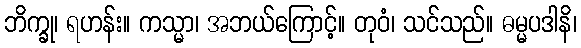
ဘိက္ခု၊ ရဟန်း။ ကသ္မာ၊ အဘယ်ကြောင့်။ တုဝံ၊ သင်သည်။ ဓမ္မပဒါနိ၊